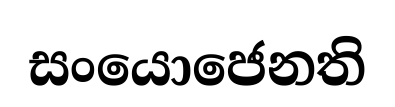
සංයොජෙනති